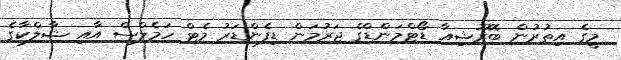
މީގެ އިތުރުން ބޮރޫޝިއާ ޑޯޓްމަންޑްގެ ޖަރުމަން ޑިފެންޑަރު މެޓް ހަމެލްސް އާއި ޝާލްކާގެ